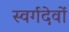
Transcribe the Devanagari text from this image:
स्वर्गदेवों